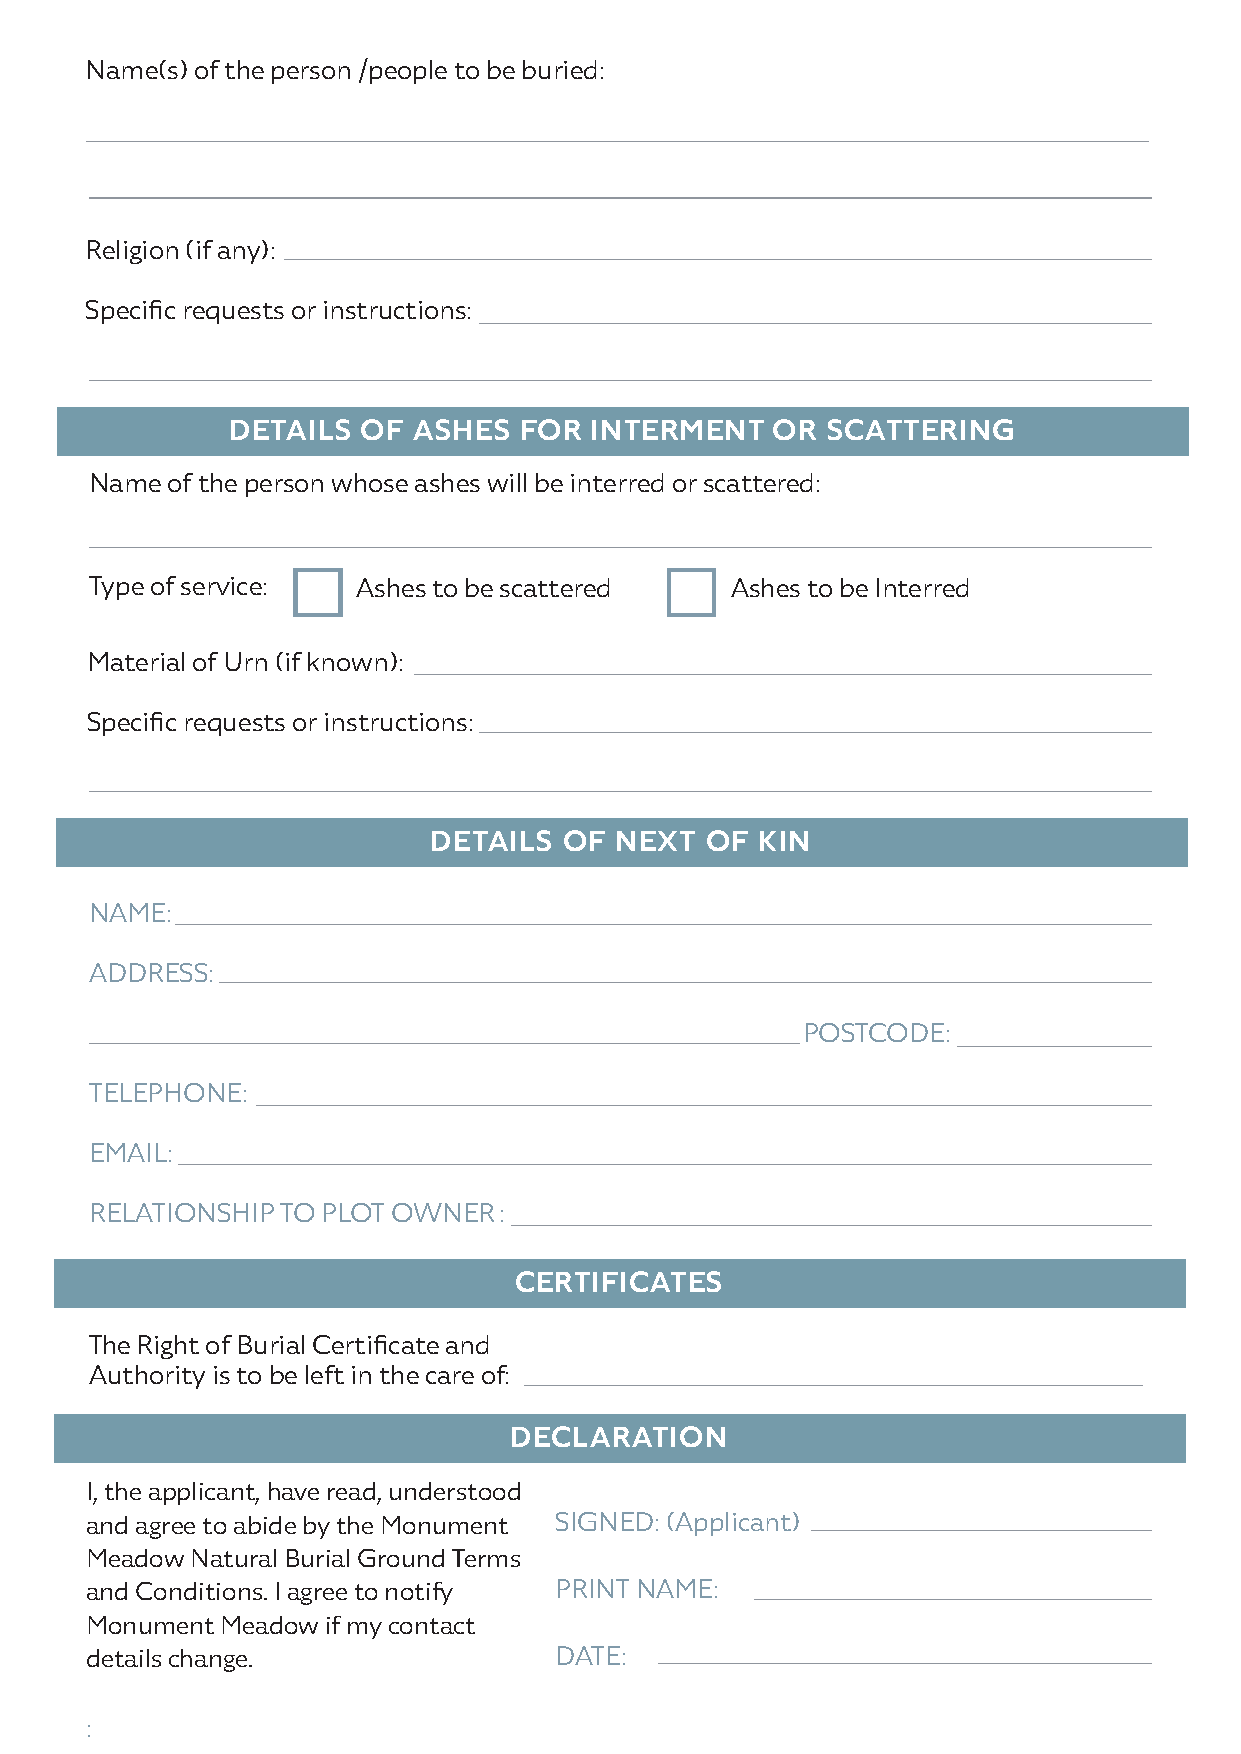
Name(s) of the person /people to be buried:
 religion (if any):
 Specific requests or instructions:
 DETAILS  OF ASHES  FOR  INTERMENT   OR  SCATTERING
 Name of the person whose ashes will be interred or scattered:
 Type of service:  ashes to be scattered   ashes to be Interred
 Material of urn (if known):
 Specific requests or instructions:
 DETAILS  OF  NEXT  OF KIN
 NaMe:
 aDDreSS:
 POSTCODe:
 TelePHONe:
 eMaIl:
 relaTIONSHIP TO PlOT OWNer:
 CERTIFICATES
 The right of Burial Certificate and
 authority is to be left in the care of:
 DECLARATION
 I, the applicant, have read, understood
 and agree to abide by the Monument SIGNeD: (applicant)
 Meadow Natural Burial Ground Terms
 and Conditions. I agree to notify PrINT NaMe:
 Monument Meadow if my contact
 details change.                DaTe:
 :